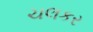
ચલકર